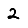
Digit: 2